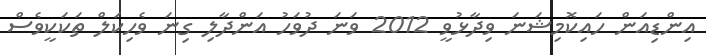
އިންޑިއަން ހައިކޮމިޝަނަ ވިދާޅުވީ 2012 ވަނަ ދުވަހު އަންދާލި ގިނަ ވެހިކަލް ތަކަކީވެސް